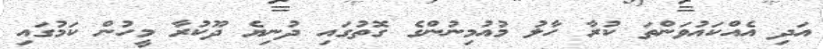
އަދި އެއްކައުވަންތަ ކުރާ ހާލު މުއުމިނުންގެ ގޮތުގައި ދުނިޔެ ދޫކުރާ މީހުން ކަމުގައި